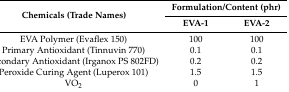
<table><thead><tr><td rowspan="2"><b>Chemicals (Trade Names)</b></td><td colspan="2"><b>Formulation/Content (phr)</b></td></tr><tr><td><b>EVA-1</b></td><td><b>EVA-2</b></td></tr></thead><tbody><tr><td>EVA Polymer (Evaflex 150)</td><td>100</td><td>100</td></tr><tr><td>Primary Antioxidant (Tinnuvin 770)</td><td>0.1</td><td>0.1</td></tr><tr><td>Secondary Antioxidant (Irganox PS 802FD)</td><td>0.2</td><td>0.2</td></tr><tr><td>Peroxide Curing Agent (Luperox 101)</td><td>1.5</td><td>1.5</td></tr><tr><td>VO<sub>2</sub></td><td>0</td><td>1</td></tr></tbody></table>